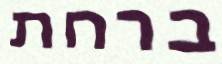
ברחת